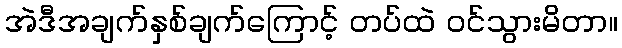
အဲဒီအချက်နှစ်ချက်ကြောင့် တပ်ထဲ ဝင်သွားမိတာ။